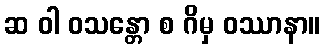
ဆ ဝါ ဝသန္တော စ ဂိမှ ဝဿာနာ။